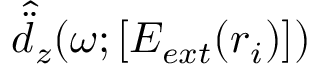
\hat { \ddot { d } } _ { z } ( \omega ; [ E _ { e x t } ( \boldsymbol { r } _ { i } ) ] )